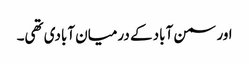
اور سمن آباد کے درمیان آبادی تھی۔